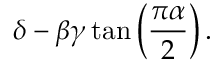
\delta - \beta \gamma \tan \left( { \frac { \pi \alpha } { 2 } } \right) .